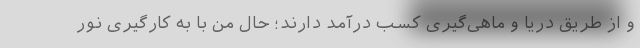
و از طریق دریا و ماهی‌گیری کسب درآمد دارند؛ حال من با به کارگیری نور